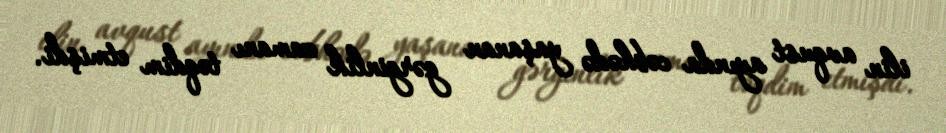
ilin avqust ayında cəbhədə yaşanan gərginlik zamanı təqdim etmişdi.